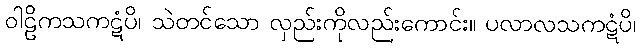
ဝါဠိကသကဋံပိ၊ သဲတင်သော လှည်းကိုလည်းကောင်း။ ပလာလသကဋံပိ၊